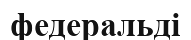
федеральді